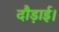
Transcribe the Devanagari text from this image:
दौड़ाई।